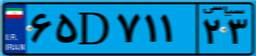
۶۵D۷۱۱۲۳